Annual report on the Civil Veterinary Department, Burma (including the Insein Veterinary School) - 1923-1931
Year: 1923
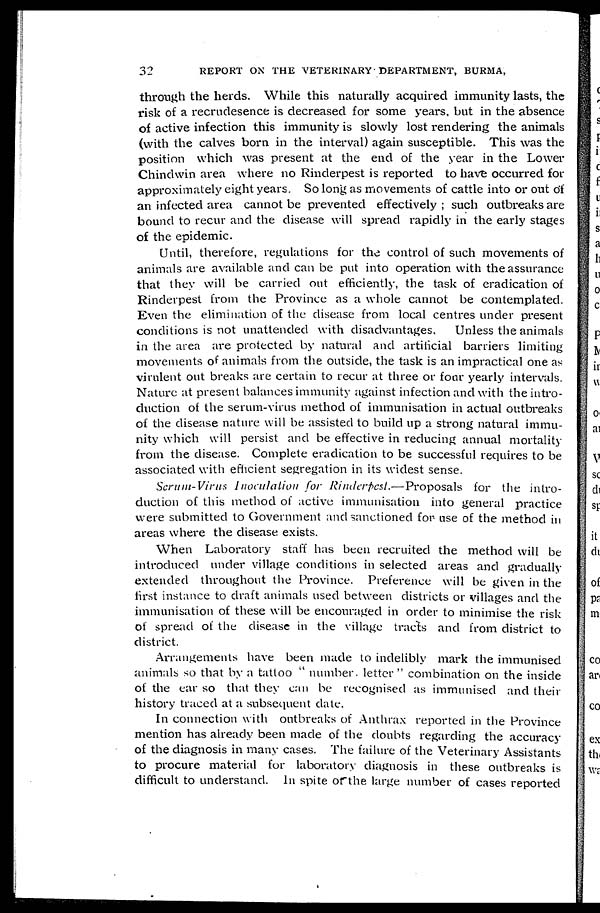
32
REPORT ON THE VETERINARY DEPARTMENT, BURMA,
through the herds. While this naturally acquired immunity lasts, the
risk of a recrudesence is decreased for some years, but in the absence
of active infection this immunity is slowly lost rendering the animals
(with the calves born in the interval) again susceptible. This was the
position which was present at the end of the year in the Lower
Chindwin area where no Rinderpest is reported to have occurred for
approximately eight years. So long as movements of cattle into or out of
an infected area cannot be prevented effectively; such outbreaks are
bound to recur and the disease will spread rapidly in the early stages
of the epidemic.
Until, therefore, regulations for the control of such movements of
animals are available and can be put into operation with the assurance
that they will be carried out efficiently, the task of eradication of
Rinderpest from the Province as a whole cannot be contemplated.
Even the elimination of the disease from local centres under present
conditions is not unattended with disadvantages.
Unless the animals
in the area are protected by natural and artificial barriers limiting
movements of animals from the outside, the task is an impractical one as
virulent out breaks are certain to recur at three or four yearly intervals.
Nature at present balances immunity against infection and with the intro-
duction of the serum-virus method of immunisation in actual outbreaks
of the disease nature will be assisted to build up a strong natural immu-
nity which will persist and be effective in reducing annual mortality
from the disease. Complete eradication to be successful requires to be
associated with efficient segregation in its widest sense.
Scrum-Virus Inoculation for Rinderpest.—Proposals
for the intro-
duction of this method of active immunisation into general practice
were submitted to Government and sanctioned for use of the method in
areas where the disease exists.
When Laboratory staff has been recruited the method will be
introduced under village conditions in selected areas and gradually
extended throughout the Province. Preference will be given in the
first instance to draft animals used between districts or villages and the
immunisation of these will be encouraged in order to minimise the risk
of spread of the disease in the village tracts and from district to
district.
Arrangements have been made to indelibly mark the immunised
animals so that by a tattoo "number, letter" combination on the inside
of the ear so that they can be recognised as immunised and their
history traced at a subsequent date.
In connection with outbreaks of Anthrax reported in the Province
mention has already been made of the doubts regarding the accuracy
of the diagnosis in many cases. The failure of the Veterinary Assistants
to procure material for laboratory diagnosis in these outbreaks is
difficult to understand. In spite of the large number of cases reported